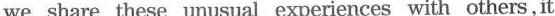
we share these unusual experiences with others, it